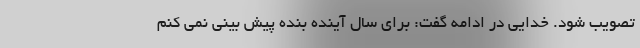
تصویب شود. خدایی در ادامه گفت: برای سال آینده بنده پیش بینی نمی کنم